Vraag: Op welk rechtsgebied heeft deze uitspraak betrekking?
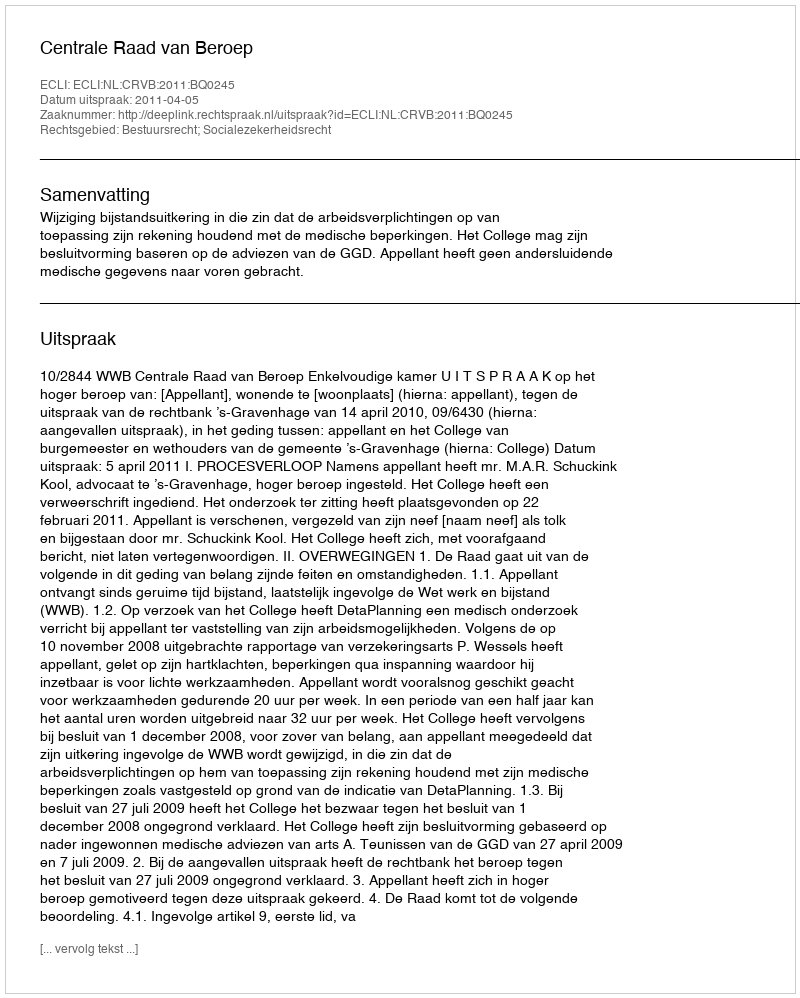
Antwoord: Bestuursrecht; Socialezekerheidsrecht